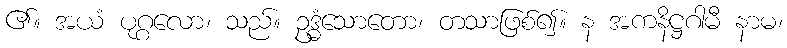
၏။ အယံ ပုဂ္ဂလော၊ သည်။ ဥဒ္ဓံသောတော၊ တသာဖြစ်၍။ န အကနိဋ္ဌဂါမီ နာမ၊